Vaccination report Assam 1874-1896 - 1874-1896
Year: 1874
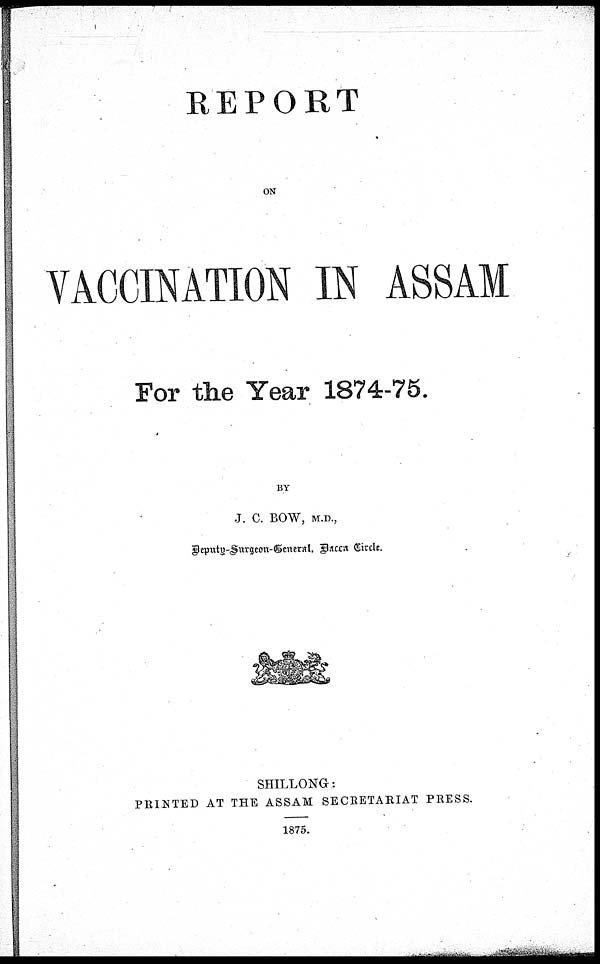
REPORT
ON
VACCINATION IN ASSAM
For the Year 1874-75.
BY
J. C. BOW, M.D.,
Deputy-Surgeon-General, Dacca Circle.
SHILLONG:
PRINTED AT THE ASSAM SECRETARIAT PRESS.
1875.